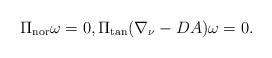
LaTeX: \begin{align*}\Pi_{\rm nor}\omega=0,\Pi_{\rm tan}(\nabla_\nu-DA)\omega=0.\end{align*}